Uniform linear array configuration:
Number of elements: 16
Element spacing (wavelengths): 1
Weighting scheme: kaiser
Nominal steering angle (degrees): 30
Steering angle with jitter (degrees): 31.369
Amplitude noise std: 0.05
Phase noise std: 0.05

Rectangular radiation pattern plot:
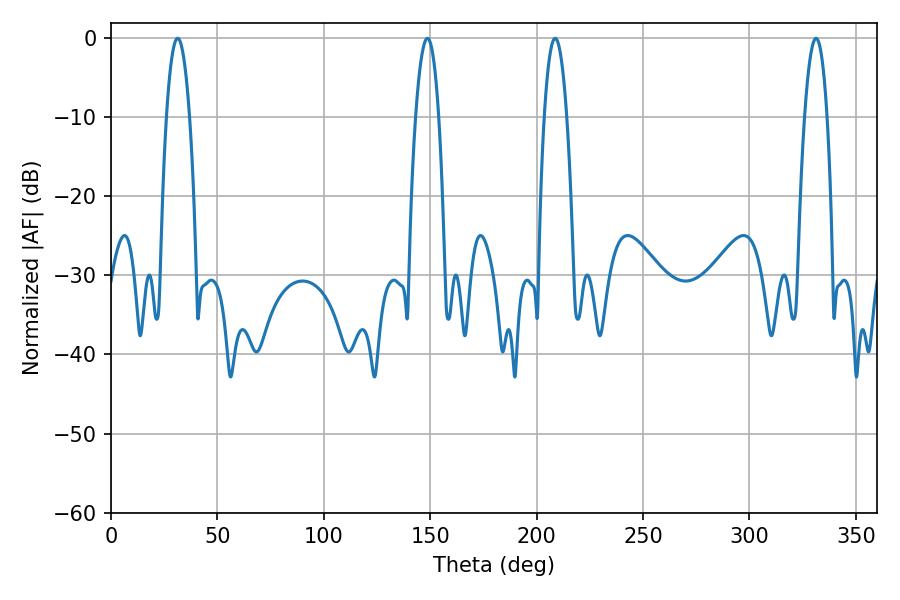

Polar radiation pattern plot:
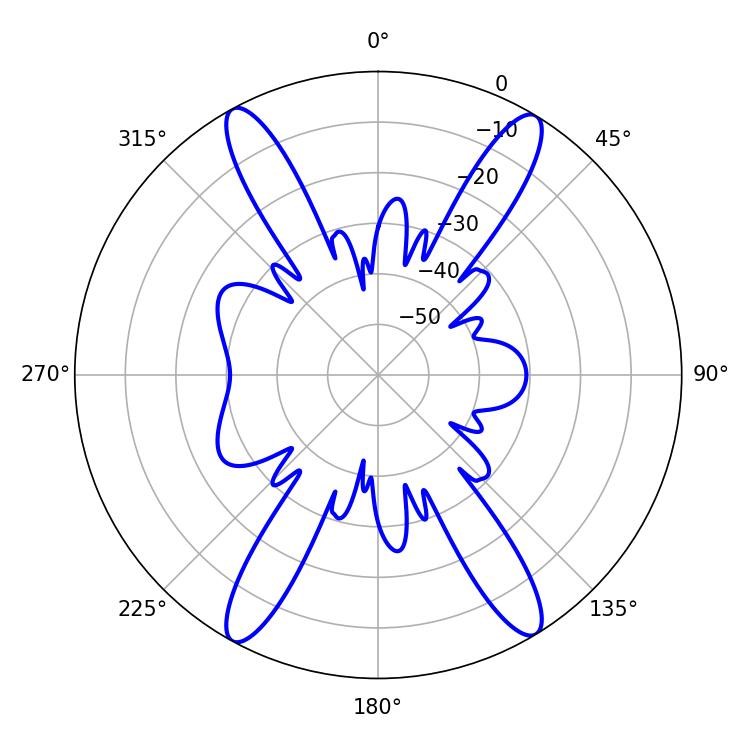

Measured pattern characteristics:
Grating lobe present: TRUE
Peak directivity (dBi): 22.973
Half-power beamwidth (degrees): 5.94
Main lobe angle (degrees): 31.32